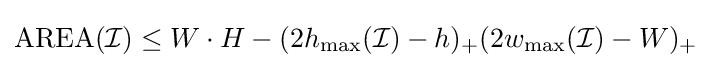
\mathrm {AREA} ({\mathcal {I}})\leq W\cdot H-(2h_{\max }({\mathcal {I}})-h)_{+}(2w_{\max }({\mathcal {I}})-W)_{+}